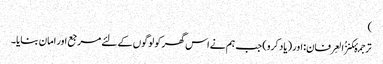
)
ترجمۂکنزُالعِرفان: اور (یاد کرو) جب ہم نے اس گھر کو لوگوں کے لئے مرجع اور امان بنایا۔